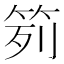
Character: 𥬭